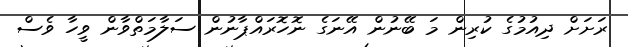
ރަށަށް ދިއުމުގެ ކުރިން މަ ބޭނުން އޭނަގެ ނޮހޮރައްޕާނުން ސަލާމަތްވާން ވީހާ ވެސް